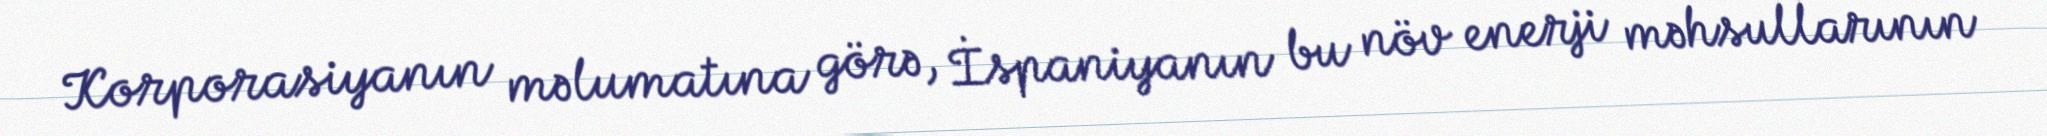
Korporasiyanın məlumatına görə, İspaniyanın bu növ enerji məhsullarının